Investigations on Bengal jail dietaries - Number 37
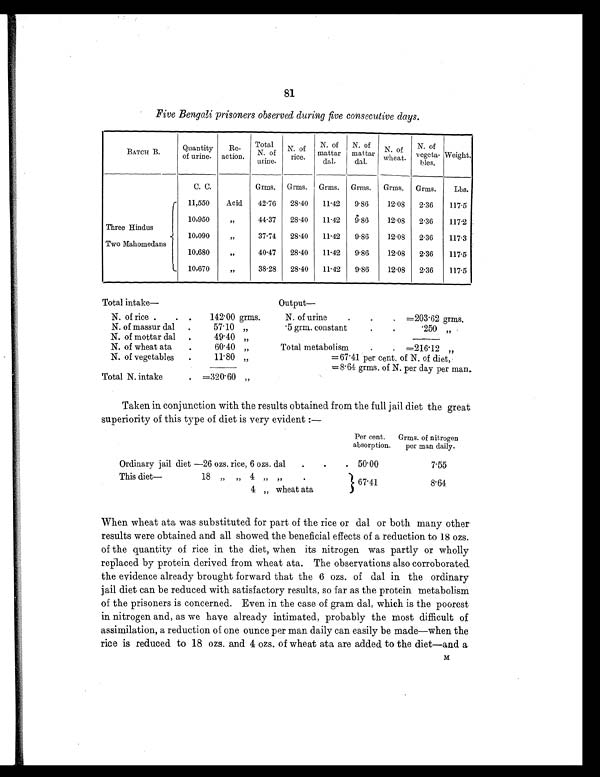
81
Five Bengali prisoners observed during five consecutive days.
BATCH B.
Quantity
of urine.
Re-
action.
Total
N. of
urine.
N. of
rice.
N. of
mattar
dal.
N. of
mattar
dal.
N. of
wheat.
N. of
vegeta-
bles.
Weight.
C. C.
Grms. Grms. Grms. Grms. Grms. Grms.
Lbs.
11,550
Acid
42.76
28.40
11.42
9.86
12.08
2.36
117.5
10,950
„
44.37
28.40
11.42 9.86
12.08
2.36
117.2
Three Hindus
10,090
„
37.74
28.40
11.42
9.86
12.08
2.36
117.3
Two Mahomedans
10,680
„
40.47
28.40
11.42
9.86
12.08
2.36
117.5
10,670
„
38.28
28.40
11.42
9.86
12.08
2.36
117.5
Total intake—
Output —
N. of rice .
. .
142.00 grms.
N. of urine
.
.
. =203.62 grms.
N. of massur dal
.
57.10 „
.5 grm. constant
.
.
. 2 5 0 „
N. of mottar dal
.
49.40 „
N. of wheat ata
.
60.40 „
Total metabolism
.
. =216.12
„
N. of vegetables
.
11.80 „
=67.41 per cent. of N. of diet,
=8.64 grms. of N. per day per man.
Total N. intake
. =320.60 „
Taken in conjunction with the results obtained from the full jail diet the great
superiority of this type of diet is very evident:—
Per cent.
absorption.
Grms. of nitrogen
per man daily.
Ordinary jail diet —26 ozs. rice, 6 ozs. dal
.
.
. 50.00
7.55
This diet— 18 „ „ 4 „ „
.
67.41
8.64
4 „ wheat ata
When wheat ata was substituted for part of the rice or dal or both many other
results were obtained and all showed the beneficial effects of a reduction to 18 ozs.
of the quantity of rice in the diet, when its nitrogen was partly or wholly
replaced by protein derived from wheat ata. The observations also corroborated
the evidence already brought forward that the 6 ozs. of dal in the ordinary
jail diet can be reduced with satisfactory results, so far as the protein metabolism
of the prisoners is concerned. Even in the case of gram dal, which is the poorest
in nitrogen and, as we have already intimated, probably the most difficult of
assimilation, a reduction of one ounce per man daily can easily be made—when the
rice is reduced to 18 ozs. and 4 ozs. of wheat ata are added to the diet—and a
M